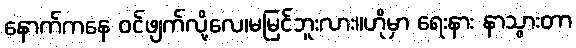
နောက်ကနေ ဝင်ဖျက်လို့လေ၊မမြင်ဘူးလား။ဟိုမှာ ရေးနား နာသွားတာ